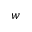
w